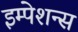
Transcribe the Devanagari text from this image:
इम्पेशन्स